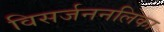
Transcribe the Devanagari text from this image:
विसर्जननलिका